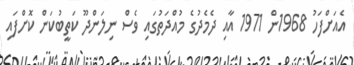
އެއަށްފަހު 1968ން 1971 އާއި ދެމެދުގެ މުއްދަތުގައި ވެސް ނިލަންދޫ ކަތީބުކަން ކޮށްފައި